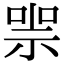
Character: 𠸱